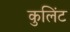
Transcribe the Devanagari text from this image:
कुलिंट